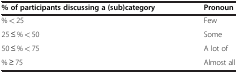
<table><thead><tr><td><b>% of participants discussing a (sub)category</b></td><td><b>Pronoun</b></td></tr></thead><tbody><tr><td>% &lt; 25</td><td>Few</td></tr><tr><td>25 ≤ % &lt; 50</td><td>Some</td></tr><tr><td>50 ≤ % &lt; 75</td><td>A lot of</td></tr><tr><td>% ≥ 75</td><td>Almost all</td></tr></tbody></table>